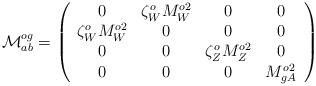
LaTeX: \begin{align*}{\cal M}^{og}_{ab} =\left(\begin{array}{cccc} 0 & \zeta_W^ o M_{W}^{o2} & 0 & 0 \\ \zeta_W^ oM_{W}^{o2} & 0 & 0 & 0 \\ 0& 0& \zeta_Z^o M_{Z}^{o2} & 0 \\ 0 & 0 & 0 & M_{gA}^{o2} \end{array} \right)\end{align*}